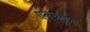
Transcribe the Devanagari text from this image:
एलेक्ट्रोनों